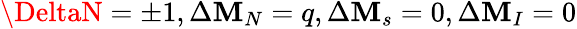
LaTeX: \DeltaN=\pm1,\Delta\mathbf{M}_{N}=q,\Delta\mathbf{M}_{s}=0,\Delta\mathbf{M}_{I}=0